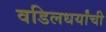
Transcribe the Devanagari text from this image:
वडिलधर्यांची